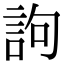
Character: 訽